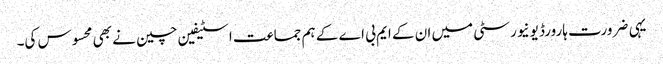
یہی ضرورت ہارورڈ یونیورسٹی میں ان کے ایم بی اے کے ہم جماعت اسٹیفین چین نے بھی محسوس کی۔